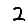
Digit: 2